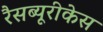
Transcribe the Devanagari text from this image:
रैसब्यूरीकेस